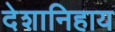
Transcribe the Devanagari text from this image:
देशानिहाय